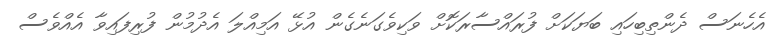
އެހެނަސް ދެންތިބިހައި ބަޔަކަށް ފުރައްސާރަކޮށް ވަކިވެގަނެގެން އުޅޭ އަމިއްލަ އެދުމުން ފުރިފައިވާ އެއްވެސް